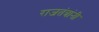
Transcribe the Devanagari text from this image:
राजतंत्रांनी